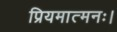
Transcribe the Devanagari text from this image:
प्रियमात्मनः।